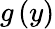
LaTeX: g\left(y\right)